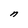
Character: n